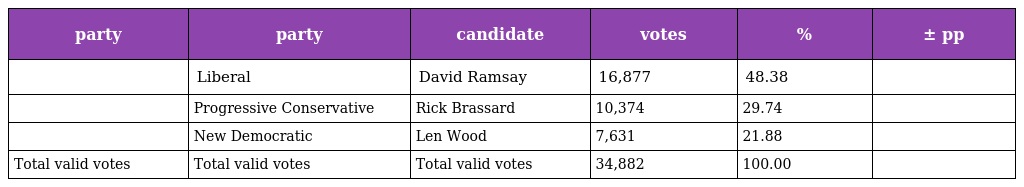
| party | party | candidate | votes | % | ± pp |
 | --- | --- | --- | --- | --- | --- |
 |  | Liberal | David Ramsay | 16,877 | 48.38 |  |
 |  | Progressive Conservative | Rick Brassard | 10,374 | 29.74 |  |
 |  | New Democratic | Len Wood | 7,631 | 21.88 |  |
 | Total valid votes | Total valid votes | Total valid votes | 34,882 | 100.00 |  |